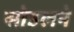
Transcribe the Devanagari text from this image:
सोउलने